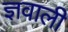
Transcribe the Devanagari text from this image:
ज्ञवाली